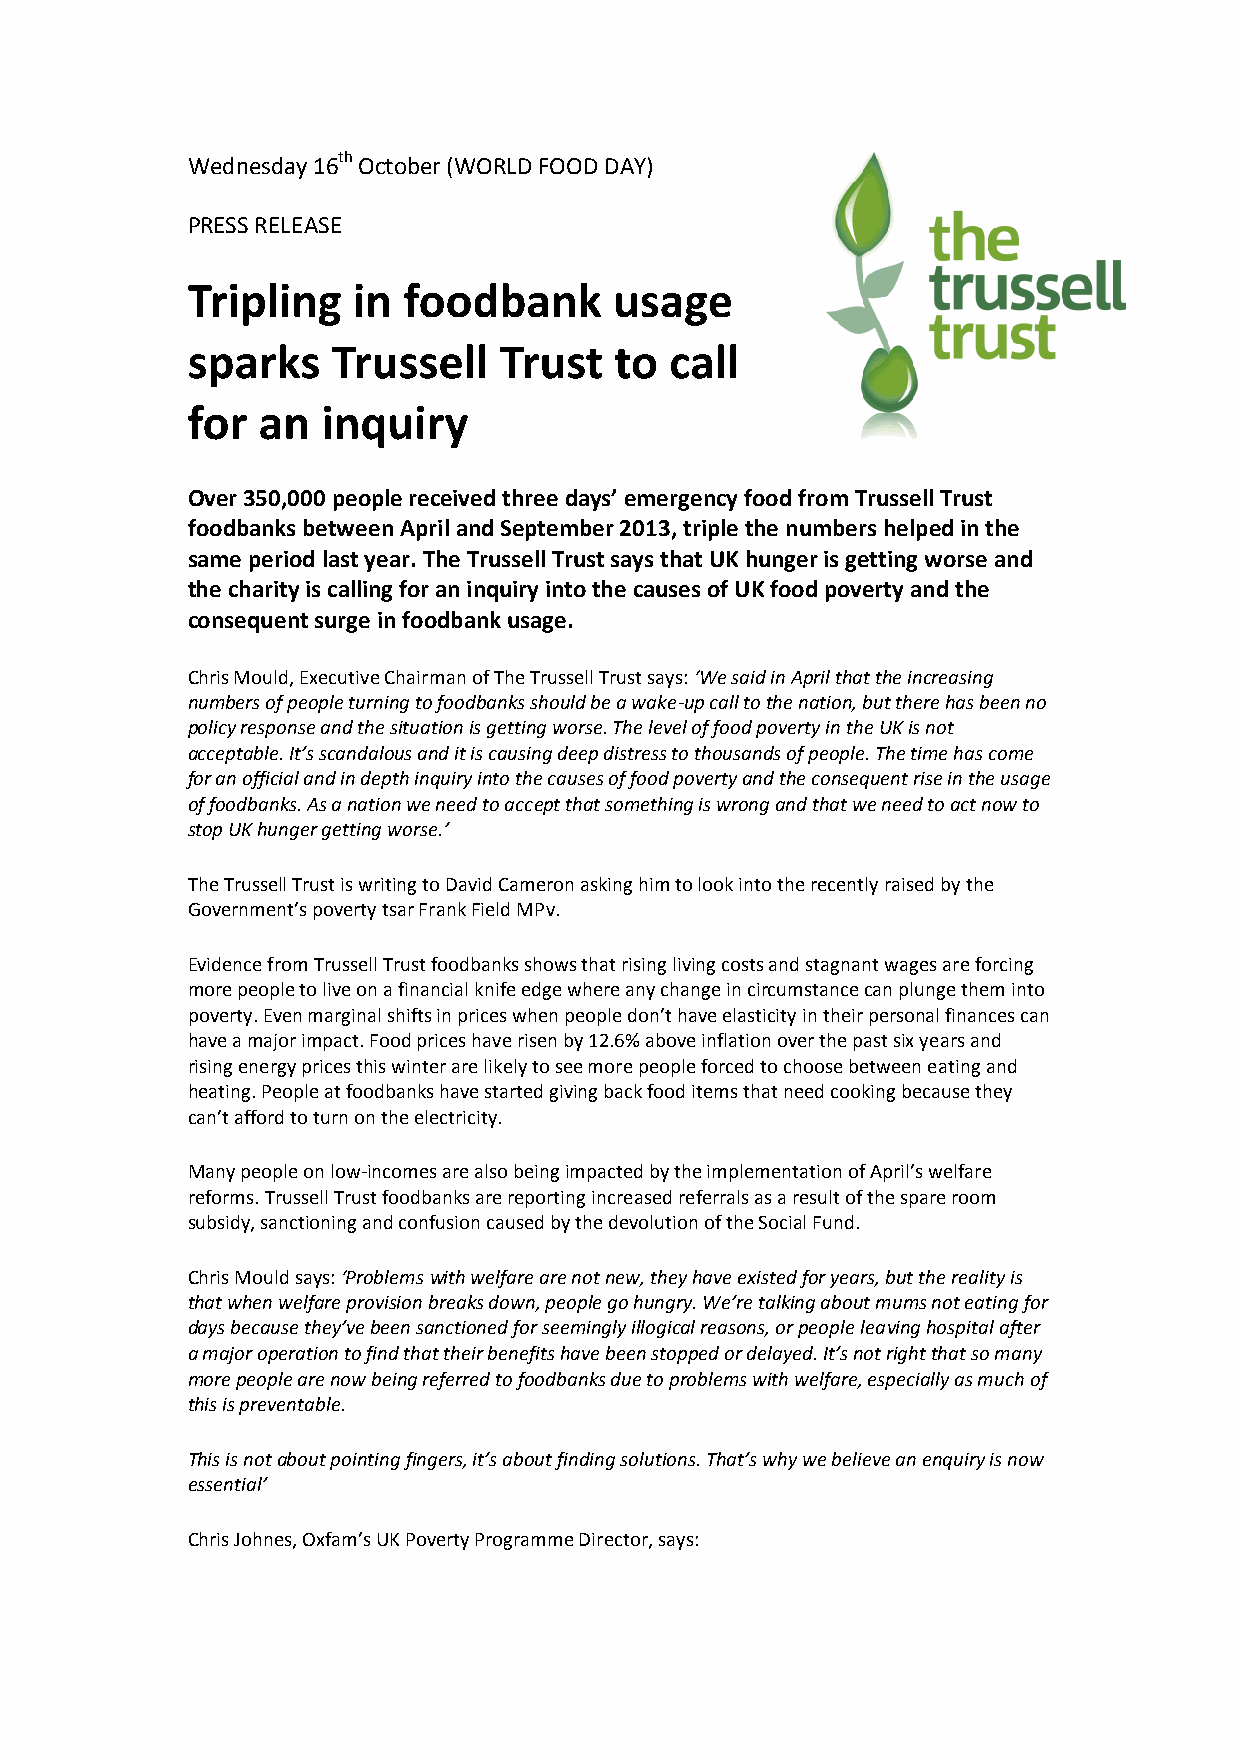
Wednesday 16th October (WORLD FOOD DAY)
 PRESS RELEASE
 Tripling   in  foodbank      usage
 sparks    Trussell   Trust   to call
 for  an  inquiry
 Over 350,000 people received three days’ emergency food from Trussell Trust
 foodbanks between April and September 2013, triple the numbers helped in the
 same period last year. The Trussell Trust says that UK hunger is getting worse and
 the charity is calling for an inquiry into the causes of UK food poverty and the
 consequent surge in foodbank usage.
 Chris Mould, Executive Chairman of The Trussell Trust says: ‘We said in April that the increasing
 numbers of people turning to foodbanks should be a wake-up call to the nation, but there has been no
 policy response and the situation is getting worse. The level of food poverty in the UK is not
 acceptable. It’s scandalous and it is causing deep distress to thousands of people. The time has come
 for an official and in depth inquiry into the causes of food poverty and the consequent rise in the usage
 of foodbanks. As a nation we need to accept that something is wrong and that we need to act now to
 stop UK hunger getting worse.’
 The Trussell Trust is writing to David Cameron asking him to look into the recently raised by the
 Government’s poverty tsar Frank Field MPv.
 Evidence from Trussell Trust foodbanks shows that rising living costs and stagnant wages are forcing
 more people to live on a financial knife edge where any change in circumstance can plunge them into
 poverty. Even marginal shifts in prices when people don’t have elasticity in their personal finances can
 have a major impact. Food prices have risen by 12.6% above inflation over the past six years and
 rising energy prices this winter are likely to see more people forced to choose between eating and
 heating. People at foodbanks have started giving back food items that need cooking because they
 can’t afford to turn on the electricity.
 Many people on low-incomes are also being impacted by the implementation of April’s welfare
 reforms. Trussell Trust foodbanks are reporting increased referrals as a result of the spare room
 subsidy, sanctioning and confusion caused by the devolution of the Social Fund.
 Chris Mould says: ‘Problems with welfare are not new, they have existed for years, but the reality is
 that when welfare provision breaks down, people go hungry. We’re talking about mums not eating for
 days because they’ve been sanctioned for seemingly illogical reasons, or people leaving hospital after
 a major operation to find that their benefits have been stopped or delayed. It’s not right that so many
 more people are now being referred to foodbanks due to problems with welfare, especially as much of
 this is preventable.
 This is not about pointing fingers, it’s about finding solutions. That’s why we believe an enquiry is now
 essential’
 Chris Johnes, Oxfam’s UK Poverty Programme Director, says: